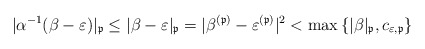
\begin{align*}|\alpha^{-1}(\beta-\varepsilon)|_{\mathfrak{p}}\leq|\beta-\varepsilon|_{\mathfrak{p}}=|\beta^{(\mathfrak{p})}-\varepsilon^{(\mathfrak{p})}|^{2}<\max\left\{ |\beta|_{\mathfrak{p}},c_{\varepsilon,\mathfrak{p}}\right\} \end{align*}